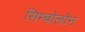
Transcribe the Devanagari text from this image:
सिम्बोलोन